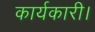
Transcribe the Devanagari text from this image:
कार्यकारी।